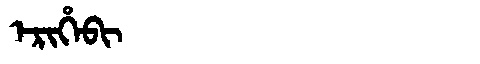
Manchu: ᡝᡵᡳᡥᡝᠪᡳ
Romanization: ERIHEBI